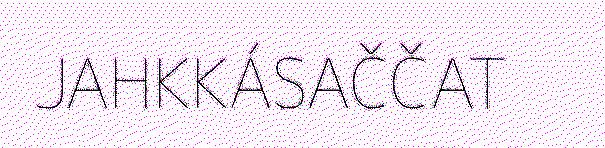
JAHKKÁSAČČAT